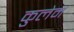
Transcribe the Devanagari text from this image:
कुलेम